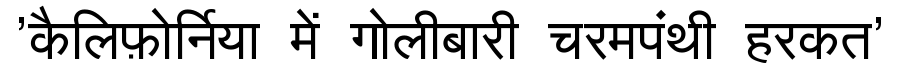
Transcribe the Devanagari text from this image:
'कैलिफ़ोर्निया में गोलीबारी चरमपंथी हरकत'